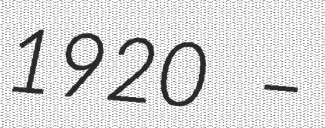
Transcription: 1920 –